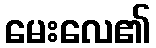
မေးလေ၏